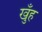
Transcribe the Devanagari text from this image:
खुँह